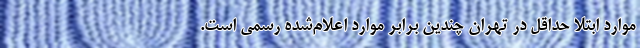
موارد ابتلا حداقل در تهران چندین برابر موارد اعلام‌شده رسمی است.